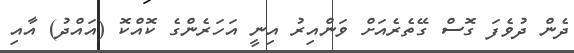
ދެން ދުވެފަ ގޮސް ގޭތެރެއަށް ވަންއިރު އިނީ އަހަރެންގެ ކޮއްކޮ (އައްދު) އާއި